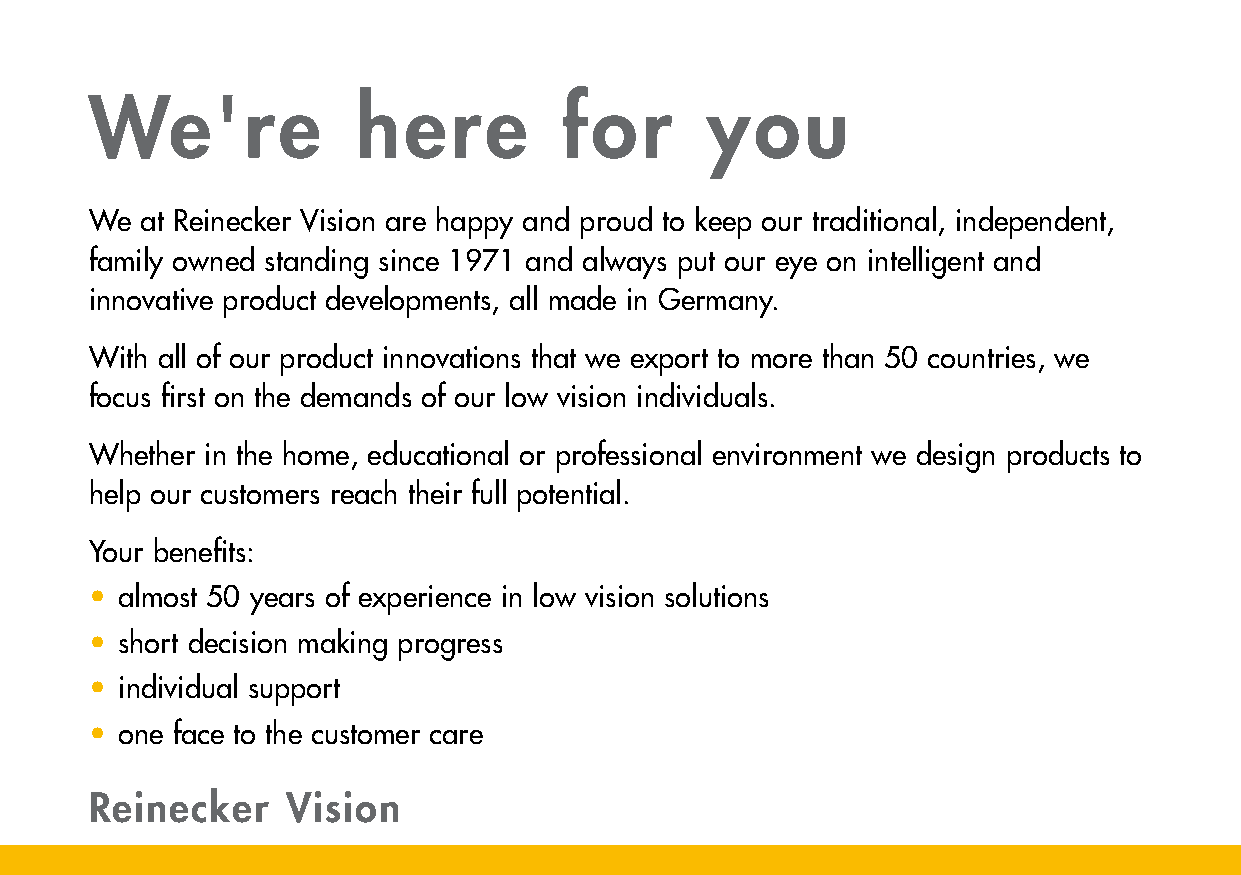
We're             here         for       you
 We at Reinecker Vision are happy and proud to keep our traditional, independent,
 family owned standing since 1971 and always put our eye on intelligent and
 innovative product developments, all made in Germany.
 With all of our product innovations that we export to more than 50 countries, we
 focus first on the demands of our low vision individuals.
 Whether in the home, educational or professional environment we design products to
 help our customers reach their full potential.
 Your benefits:
 • almost 50 years of experience in low vision solutions
 • short decision making progress
 • individual support
 • one face to the customer care
 Reinecker    Vision